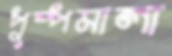
পুষ্পমালা